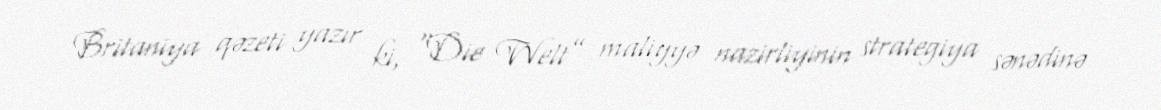
Britaniya qəzeti yazır ki, “Die Welt” maliyyə nazirliyinin strategiya sənədinə